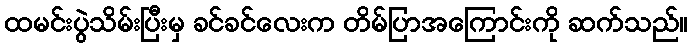
ထမင်းပွဲသိမ်းပြီးမှ ခင်ခင်လေးက တိမ်ပြာအကြောင်းကို ဆက်သည်။